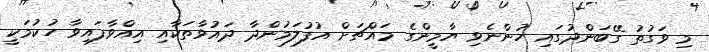
މި ވަގުތު ގޭބަންދުގައި ހުންނެވި ޔާމީންގެ މައްޗަށް އުފުލަމުންދާ ދައުވާތަކާއި އިއްވާފައިވާ ހުކުމަކީ